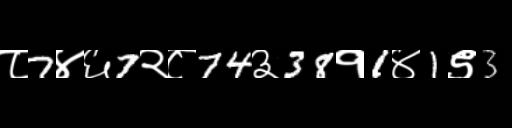
Text: ८7४६7२८74३38१1४1९3